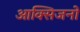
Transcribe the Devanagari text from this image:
आक्सिजनों